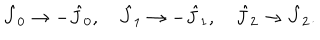
\hat { J } _ { 0 } \rightarrow - \hat { J } _ { 0 } , \quad \hat { J } _ { 1 } \rightarrow - \hat { J } _ { 1 } , \quad \hat { J } _ { 2 } \rightarrow \hat { J } _ { 2 } .